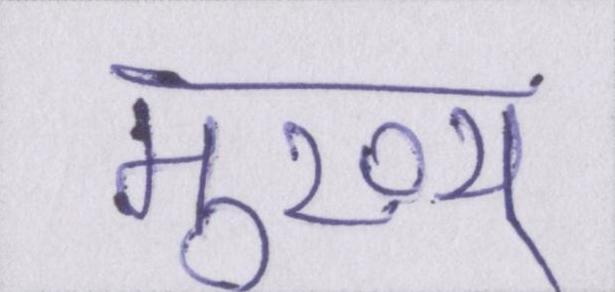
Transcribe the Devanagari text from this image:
मुख्य्